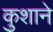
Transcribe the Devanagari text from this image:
कुशाने